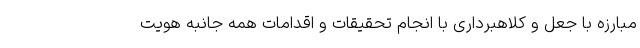
مبارزه با جعل و کلاهبرداری با انجام تحقیقات و اقدامات همه جانبه هویت